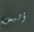
أليس